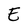
Character: E